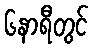
၆နာရီတွင်